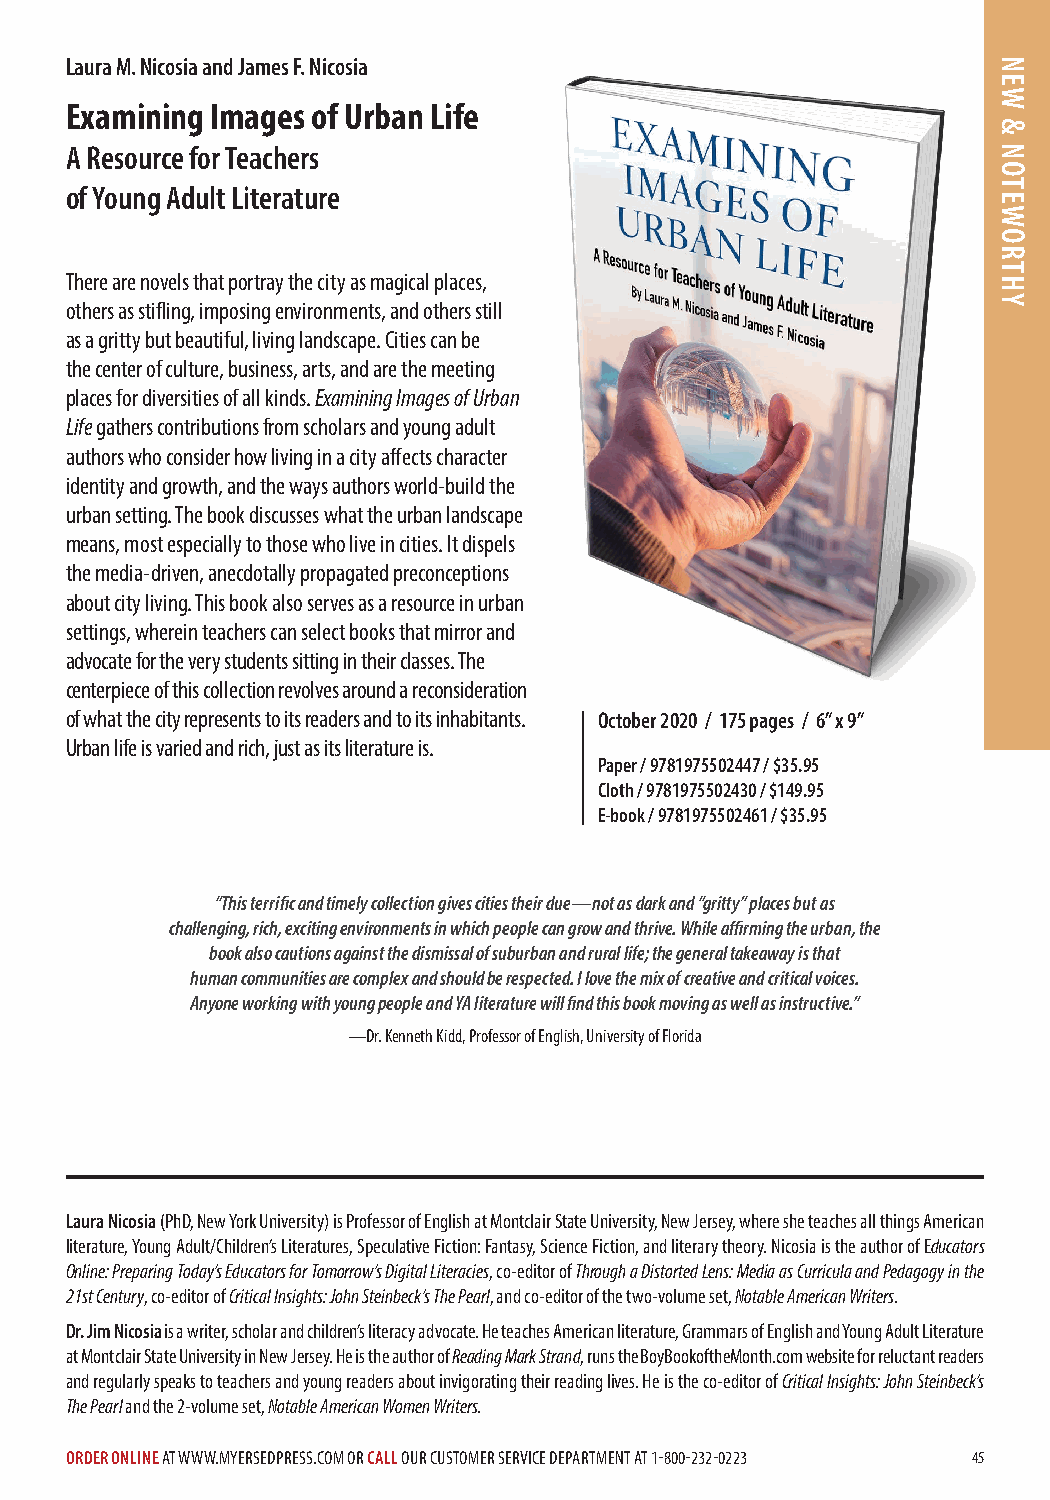
Laura M. Nicosia and James F. Nicosia
 Examining Images of Urban Life
 A Resource for Teachers
 of Young Adult Literature
 There are novels that portray the city as magical places,
 others as stifling, imposing environments, and others still
 as a gritty but beautiful, living landscape. Cities can be
 the center of culture, business, arts, and are the meeting
 places for diversities of all kinds. Examining Images of Urban
 Life gathers contributions from scholars and young adult
 authors who consider how living in a city affects character
 identity and growth, and the ways authors world-build the
 urban setting. The book discusses what the urban landscape
 means, most especially to those who live in cities. It dispels
 the media-driven, anecdotally propagated preconceptions
 about city living. This book also serves as a resource in urban
 settings, wherein teachers can select books that mirror and
 advocate for the very students sitting in their classes. The
 centerpiece of this collection revolves around a reconsideration
 of what the city represents to its readers and to its inhabitants. October 2020 / 175 pages / 6” x 9”
 Urban life is varied and rich, just as its literature is.
 Paper / 9781975502447 / $35.95
 Cloth / 9781975502430 / $149.95
 E-book / 9781975502461 / $35.95
 “This terrific and timely collection gives cities their due—not as dark and “gritty” places but as
 challenging, rich, exciting environments in which people can grow and thrive. While affirming the urban, the
 book also cautions against the dismissal of suburban and rural life; the general takeaway is that
 human communities are complex and should be respected. I love the mix of creative and critical voices.
 Anyone working with young people and YA literature will find this book moving as well as instructive.”
 —Dr. Kenneth Kidd, Professor of English, University of Florida
 Laura Nicosia (PhD, New York University) is Professor of English at Montclair State University, New Jersey, where she teaches all things American
 literature, Young Adult/Children’s Literatures, Speculative Fiction: Fantasy, Science Fiction, and literary theory. Nicosia is the author of Educators
 Online: Preparing Today’s Educators for Tomorrow’s Digital Literacies, co-editor of Through a Distorted Lens: Media as Curricula and Pedagogy in the
 21st Century, co-editor of Critical Insights: John Steinbeck’s The Pearl, and co-editor of the two-volume set, Notable American Writers.
 Dr. Jim Nicosia is a writer, scholar and children’s literacy advocate. He teaches American literature, Grammars of English and Young Adult Literature
 at Montclair State University in New Jersey. He is the author of Reading Mark Strand, runs the BoyBookoftheMonth.com website for reluctant readers
 and regularly speaks to teachers and young readers about invigorating their reading lives. He is the co-editor of Critical Insights: John Steinbeck’s
 The Pearl and the 2-volume set, Notable American Women Writers.
 ORDER ONLINE AT WWW.MYERSEDPRESS.COM OR CALL OUR CUSTOMER SERVICE DEPARTMENT AT 1-800-232-0223 45
 NEW
 &
 NOTEWORTHY